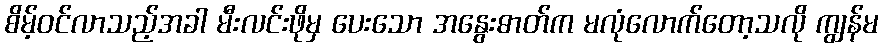
စိမ့်ဝင်လာသည့်အခါ မီးလင်းဖိုမှ ပေးသော အနွေးဓာတ်က မလုံလောက်တော့သလို ကျွန်မ